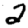
Digit: 2